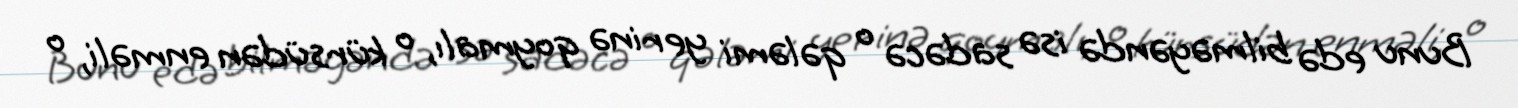
Bunu edə bilməyəndə isə sadəcə o qələmi yerinə qoymalı, o kürsüdən enməli, o